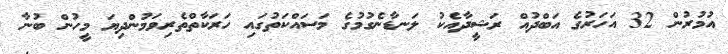
އުމުރުން 32 އަހަރުގެ އަބްދުއް ރަޝީދާއެކު ލަނޑާނެގުމުގެ މަސައްކަތުގައި ހަރަކާތްތެރިވަމުންދިޔަ މީހުން ބުނާ